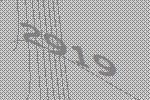
2919